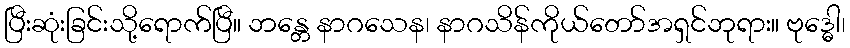
ပြီးဆုံးခြင်းသို့ရောက်ပြီ။ ဘန္တေ နာဂသေန၊ နာဂသိန်ကိုယ်တော်အရှင်ဘုရား။ ဗုဒ္ဓေါ၊